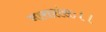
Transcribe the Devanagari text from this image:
नाराशंसः।।